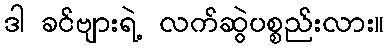
ဒါ ခင်ဗျားရဲ့ လက်ဆွဲပစ္စည်းလား။